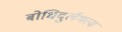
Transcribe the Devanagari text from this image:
बोधिदुर्लभत्व